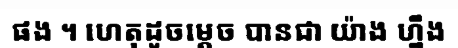
ផង ។ ហេតុដូចម្តេច បានជា យ៉ាង ហ្នឹង